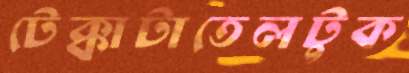
টেক্কাটাতেলটুক